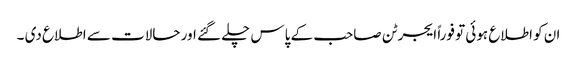
ان کو اطلاع ہوئی تو فوراً ایجرٹن صاحب کے پاس چلے گئے اور حالات سے اطلاع دی ۔